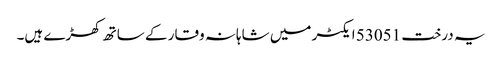
یہ درخت 53051 ایکٹر میں شاہانہ وقار کے ساتھ کھڑے ہیں۔